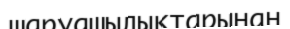
шаруашылықтарынан